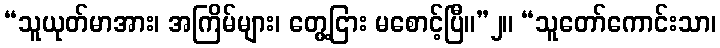
“သူယုတ်မာအား၊ အကြိမ်များ၊ တွေ့ငြား မစောင့်ပြီ။”၂။ “သူတော်ကောင်းသာ၊